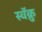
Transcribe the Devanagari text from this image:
स्वॅक्रु